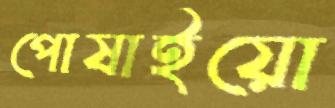
পোষাইয়ো